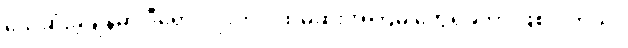
သေဆုံးခဲ့ချိန်မှာ ဒီရောဂါပိုးကို ပထမဆုံးအကြိမ် တွေ့ရှိခဲ့တာ ဖြစ်ပါတယ်။